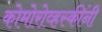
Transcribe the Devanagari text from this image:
कोमोरोव्हस्कींनी